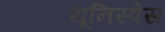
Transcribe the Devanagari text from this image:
यूनिस्पेस